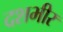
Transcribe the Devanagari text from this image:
दशभीर